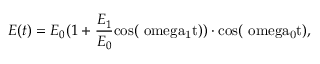
E ( t ) = E _ { 0 } ( 1 + \frac { E _ { 1 } } { E _ { 0 } } \mathrm { { c o s } ( \ o m e g a _ { 1 } t ) ) \cdot \mathrm { { c o s } ( \ o m e g a _ { 0 } t ) , } }